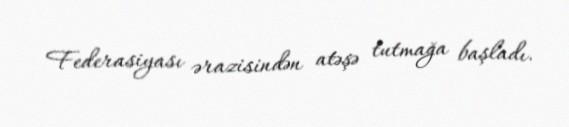
Federasiyası ərazisindən atəşə tutmağa başladı.